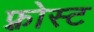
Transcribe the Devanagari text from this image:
फ़्रोस्ट